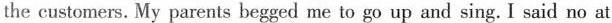
the customers. My parents begged me to go up and sing. I said no at